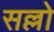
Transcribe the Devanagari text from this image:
सल्लो